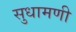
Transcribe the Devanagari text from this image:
सुधामणी